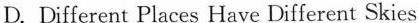
D.Different Places Have Different Skies